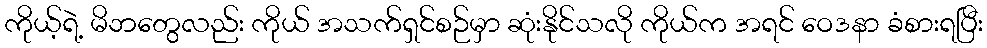
ကိုယ့်ရဲ့ မိဘတွေလည်း ကိုယ် အသက်ရှင်စဉ်မှာ ဆုံးနိုင်သလို ကိုယ်က အရင် ဝေဒနာ ခံစားရပြီး